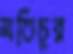
মতিচুর